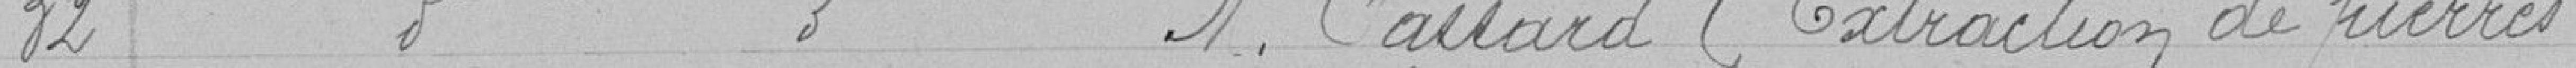
32 - Redevance à verser par monsieur Cassard (extraction de pierres)